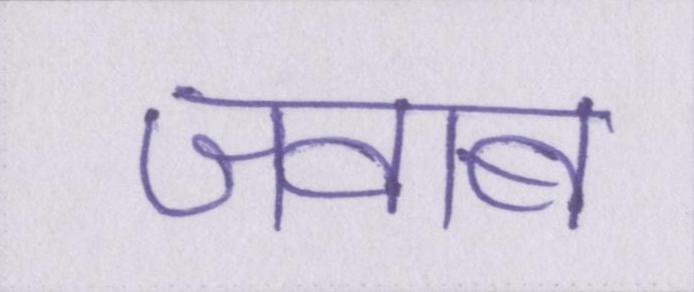
जवाब